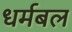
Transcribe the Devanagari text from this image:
धर्मबल